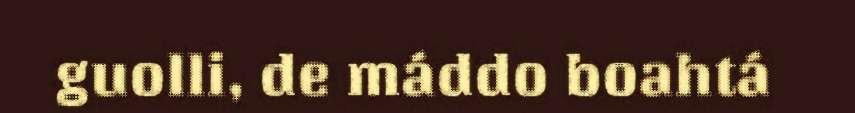
guolli, de máddo boahtá